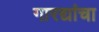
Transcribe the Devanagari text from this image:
गारद्यांचा